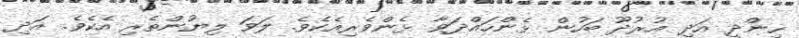
ހިންދީ އަދި އުރުދޫ ބަހުން ޅެންހައްދަވާ ޅެންވެރިއެކެވެ. ލަވަ ލިޔުންތެރި އެކެވެ. އަދި